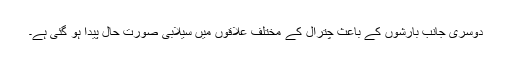
دوسری جانب بارشوں کے باعث چترال کے مختلف علاقوں میں سیلابی صورت حال پیدا ہو گئی ہے۔